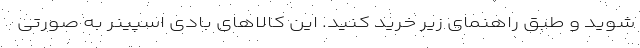
شوید و طبق راهنمای زیر خرید کنید. این کالاهای بادی اسپینر به صورتی